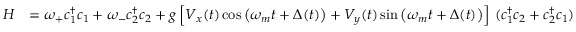
\begin{array} { r l } { H } & { = \omega _ { + } c _ { 1 } ^ { \dagger } c _ { 1 } + \omega _ { - } c _ { 2 } ^ { \dagger } c _ { 2 } + g \left[ V _ { x } ( t ) \cos \left( \omega _ { m } t + \Delta ( t ) \right) + V _ { y } ( t ) \sin \left( \omega _ { m } t + \Delta ( t ) \right) \right] \, ( c _ { 1 } ^ { \dagger } c _ { 2 } + c _ { 2 } ^ { \dagger } c _ { 1 } ) } \end{array}